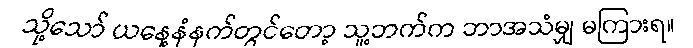
သို့သော် ယနေ့နံနက်တွင်တော့ သူ့ဘက်က ဘာအသံမျှ မကြားရ။